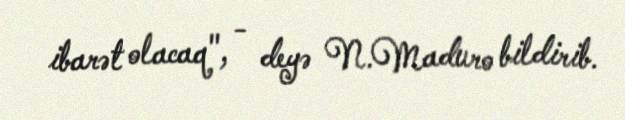
ibarət olacaq", - deyə N.Maduro bildirib.